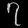
Digit: ၇